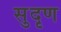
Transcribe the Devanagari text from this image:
सुदृण